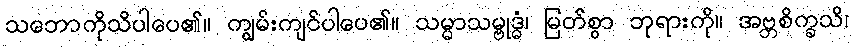
သဘောကိုသိပါပေ၏။ ကျွမ်းကျင်ပါပေ၏။ သမ္မာသမ္ဗုဒ္ဓံ၊ မြတ်စွာ ဘုရားကို။ အဗ္ဘစိက္ခသိ၊